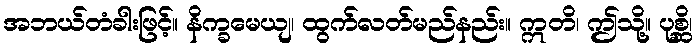
အဘယ်တံခါးဖြင့်။ နိက္ခမေယျ၊ ထွက်လတ်မည်နည်း။ ဣတိ၊ ဤသို့။ ပုစ္ဆိ၊